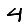
Digit: 4